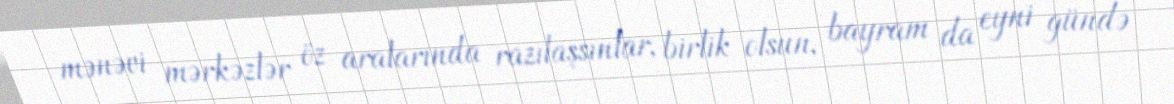
mənəvi mərkəzlər öz aralarında razılaşsınlar, birlik olsun, bayram da eyni gündə